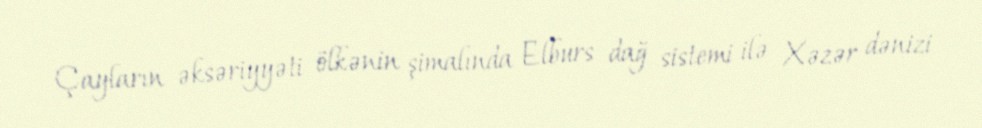
Çayların əksəriyyəti ölkənin şimalında Elburs dağ sistemi ilə Xəzər dənizi